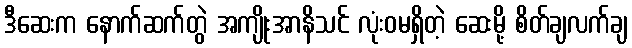
ဒီဆေးက နောက်ဆက်တွဲ အကျိုးအာနိသင် လုံးဝမရှိတဲ့ ဆေးမို့ စိတ်ချလက်ချ